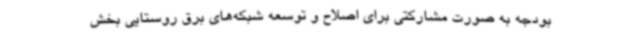
بودجه به صورت مشارکتی برای اصلاح و توسعه شبکه‌های برق روستایی بخش